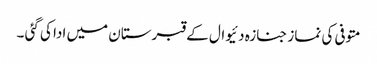
متوفی کی نماز جنازہ دئیوال کے قبرستان میں ادا کی گئی ۔